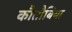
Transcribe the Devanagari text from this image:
कौतौबिया